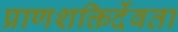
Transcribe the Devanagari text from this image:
प्राणशक्तिर्देवता